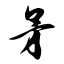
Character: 矛